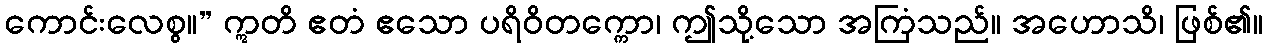
ကောင်းလေစွ။” ဣတိ ဧတံ ဧသော ပရိဝိတက္ကော၊ ဤသို့သော အကြံသည်။ အဟောသိ၊ ဖြစ်၏။